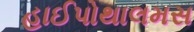
હાઈપોથાલમસ